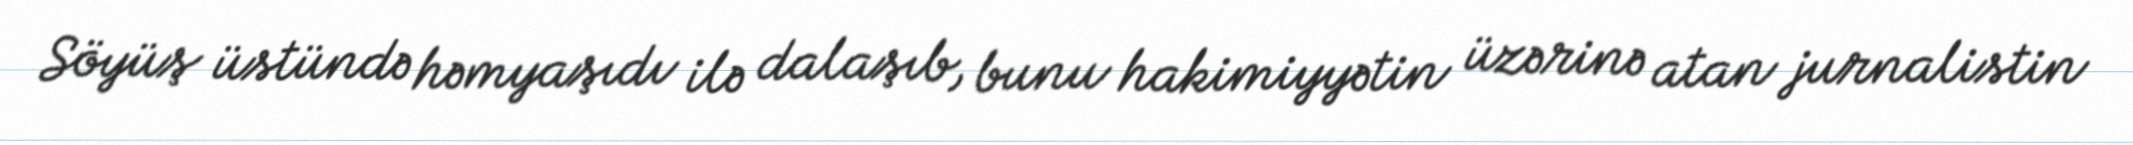
Söyüş üstündə həmyaşıdı ilə dalaşıb, bunu hakimiyyətin üzərinə atan jurnalistin